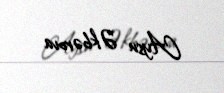
Aysu Əkbərova